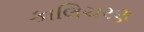
કાલિચરણ